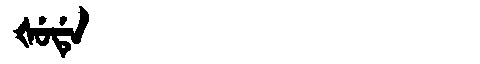
Manchu: ᡧᡠᡩᡝ
Romanization: ŠUDE